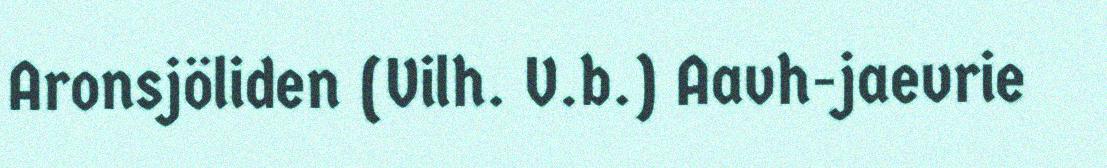
Aronsjöliden (Vilh. V.b.) Aavh-jaevrie